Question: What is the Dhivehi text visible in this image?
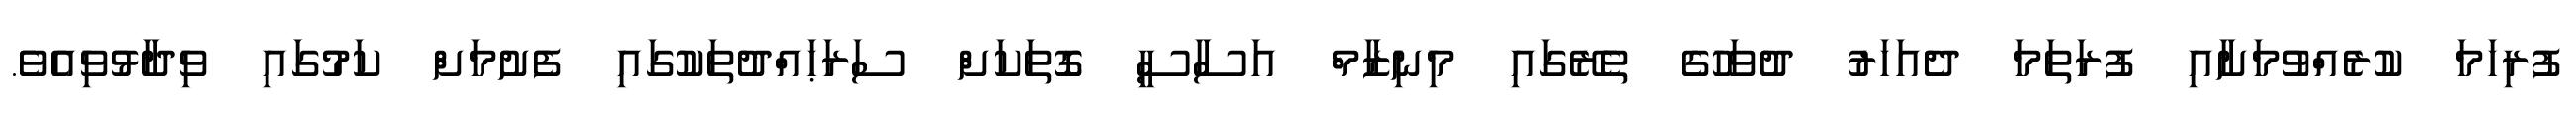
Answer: ފުރިހަމަ ކުރެއްވުމަށާއި ފުރަތަމަ ދެއަހަރު ދުވަހުގެ ތެރޭގައި މިނިޒާމް އަސާސީ ގޮތަކަށް ސަރަޙައްދުތަކުގައި ފެށުމަށް ކަމުގައި ވިދާޅުވިއެވެ.